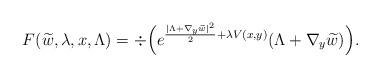
LaTeX: \begin{align*}F (\widetilde{w}, \lambda, x, \Lambda )=\div \Big(e^{\frac{|\Lambda+\nabla_y\widetilde{w} |^2}{2}+\lambda V (x,y )} (\Lambda+\nabla_y\widetilde{w})\Big ). \end{align*}